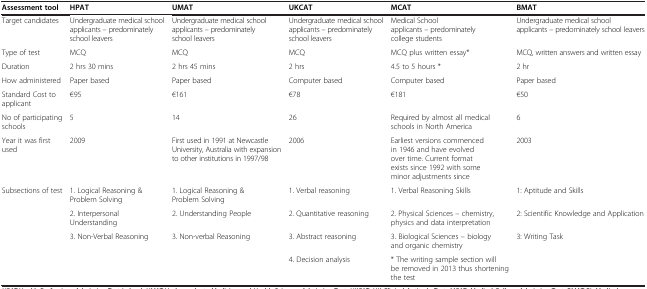
<table><thead><tr><td><b>Assessment tool</b></td><td><b>HPAT</b></td><td><b>UMAT</b></td><td><b>UKCAT</b></td><td><b>MCAT</b></td><td><b>BMAT</b></td></tr></thead><tbody><tr><td>Target candidates</td><td>Undergraduate medical school applicants – predominately school leavers</td><td>Undergraduate medical school applicants – predominately school leavers</td><td>Undergraduate medical school applicants – predominately school leavers</td><td>Medical School applicants – predominately college students</td><td>Undergraduate medical school applicants – predominately school leavers</td></tr><tr><td>Type of test</td><td>MCQ</td><td>MCQ</td><td>MCQ</td><td>MCQ plus written essay*</td><td>MCQ, written answers and written essay</td></tr><tr><td>Duration</td><td>2 hrs 30 mins</td><td>2 hrs 45 mins</td><td>2 hrs</td><td>4.5 to 5 hours *</td><td>2 hr</td></tr><tr><td>How administered</td><td>Paper based</td><td>Paper based</td><td>Computer based</td><td>Computer based</td><td>Paper based</td></tr><tr><td>Standard Cost to applicant</td><td>€95</td><td>€161</td><td>€78</td><td>€181</td><td>€50</td></tr><tr><td>No of participating schools</td><td>5</td><td>14</td><td>26</td><td>Required by almost all medical schools in North America</td><td>6</td></tr><tr><td>Year it was first used</td><td>2009</td><td>First used in 1991 at Newcastle University, Australia with expansion to other institutions in 1997/98</td><td>2006</td><td>Earliest versions commenced in 1946 and have evolved over time. Current format exists since 1992 with some minor adjustments since</td><td>2003</td></tr><tr><td rowspan="4">Subsections of test</td><td>1. Logical Reasoning &amp; Problem Solving</td><td>1. Logical Reasoning &amp; Problem Solving</td><td>1. Verbal reasoning</td><td>1. Verbal Reasoning Skills</td><td>1: Aptitude and Skills</td></tr><tr><td>2. Interpersonal Understanding</td><td>2. Understanding People</td><td>2. Quantitative reasoning</td><td>2. Physical Sciences – chemistry, physics and data interpretation</td><td>2: Scientific Knowledge and Application</td></tr><tr><td>3. Non-Verbal Reasoning</td><td>3. Non-verbal Reasoning</td><td>3. Abstract reasoning</td><td>3. Biological Sciences – biology and organic chemistry</td><td>3: Writing Task</td></tr><tr><td> </td><td> </td><td>4. Decision analysis</td><td>* The writing sample section will be removed in 2013 thus shortening the test</td><td> </td></tr></tbody></table>